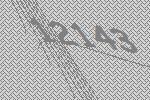
12143